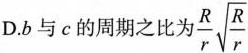
D.b与c的周期之比为$$\frac{R}{r}\sqrt{\frac{R}{r}}$$